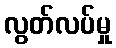
လွတ်လပ်မှု